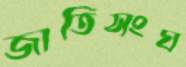
জাতিসংঘ